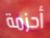
أحزمة